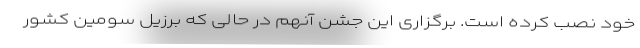
خود نصب کرده است. برگزاری این جشن آنهم در حالی که برزیل سومین کشور